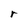
Character: r